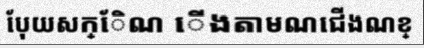
បែុយសក្ែិណ ើងតាមណជើងណខ្